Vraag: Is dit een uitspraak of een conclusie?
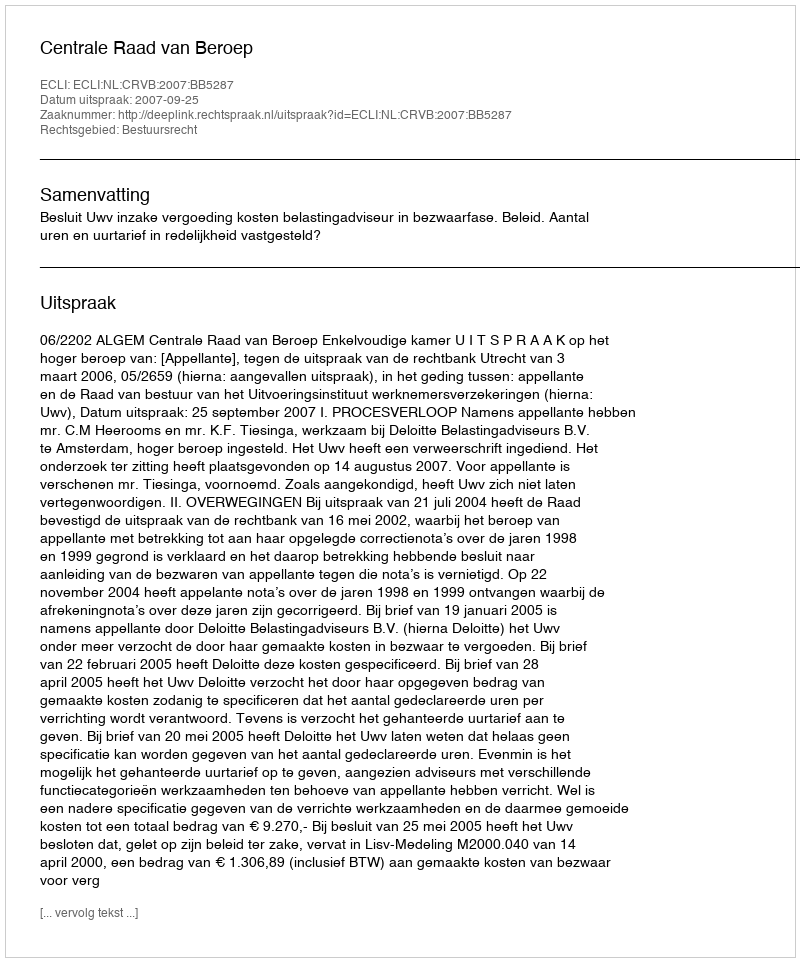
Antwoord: Uitspraak